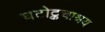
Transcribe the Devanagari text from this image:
घटोट्कचाश्रय